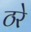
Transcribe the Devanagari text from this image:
ठरे